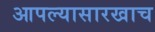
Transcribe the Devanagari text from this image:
आपल्यासारखाच